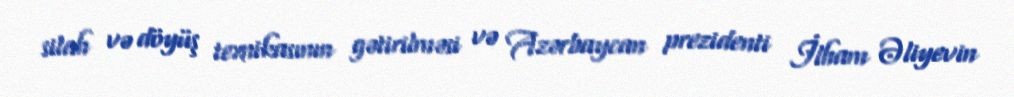
silah və döyüş texnikasının gətirilməsi və Azərbaycan prezidenti İlham Əliyevin